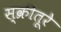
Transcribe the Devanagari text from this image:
स्क्रीतूरे